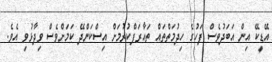
އޭޑީކޭ އިން އަބަދުވެސް ފަހުގެ ހިދުމަތްތައް ތައާރަފްކުރުމަށް އިސްކަންދޭ ކަމަށްވެސް ވިދާޅުވި އެވެ.